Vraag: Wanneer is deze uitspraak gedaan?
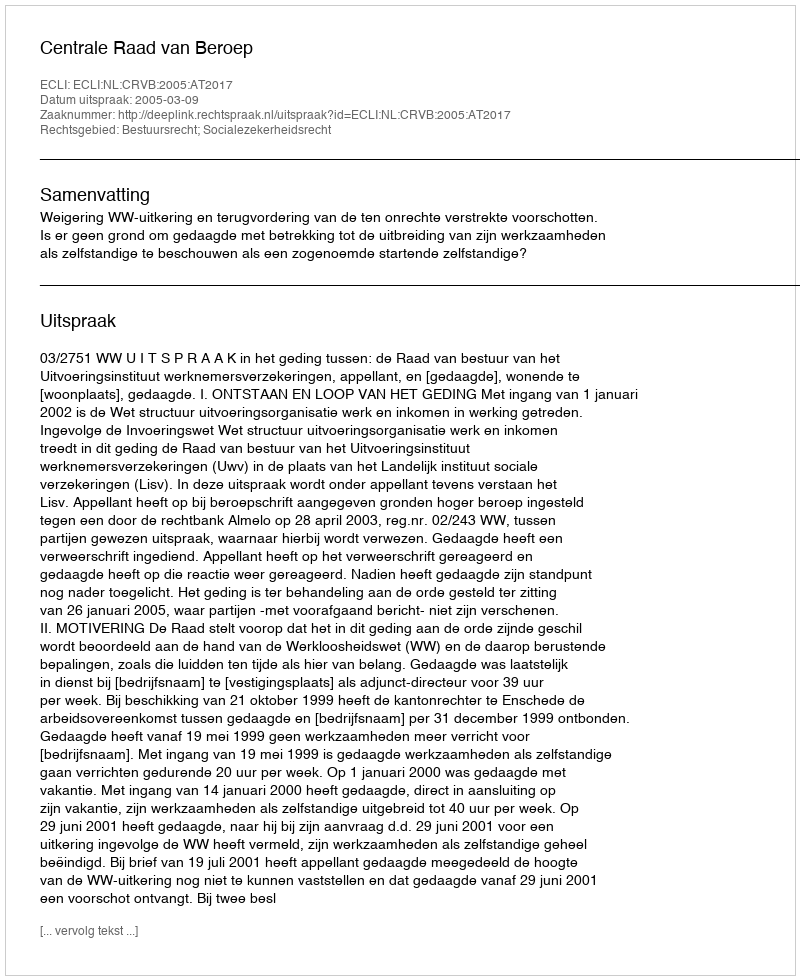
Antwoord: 2005-03-09